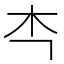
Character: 𭩘